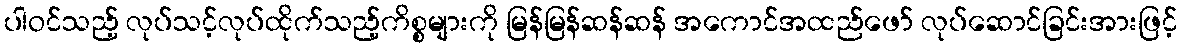
ပါဝင်သည့် လုပ်သင့်လုပ်ထိုက်သည့်ကိစ္စများကို မြန်မြန်ဆန်ဆန် အကောင်အထည်ဖော် လုပ်ဆောင်ခြင်းအားဖြင့်